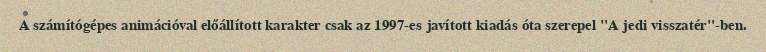
A számítógépes animációval előállított karakter csak az 1997-es javított kiadás óta szerepel "A jedi visszatér"-ben.